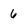
Character: 6